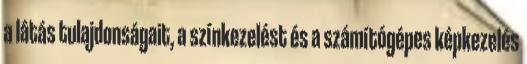
a látás tulajdonságait, a színkezelést és a számítógépes képkezelés